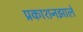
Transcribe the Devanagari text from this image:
प्रकाशनझाले